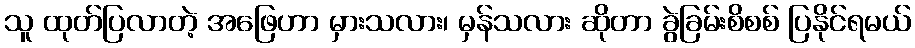
သူ ထုတ်ပြလာတဲ့ အဖြေဟာ မှားသလား၊ မှန်သလား ဆိုတာ ခွဲခြမ်းစိစစ် ပြနိုင်ရမယ်